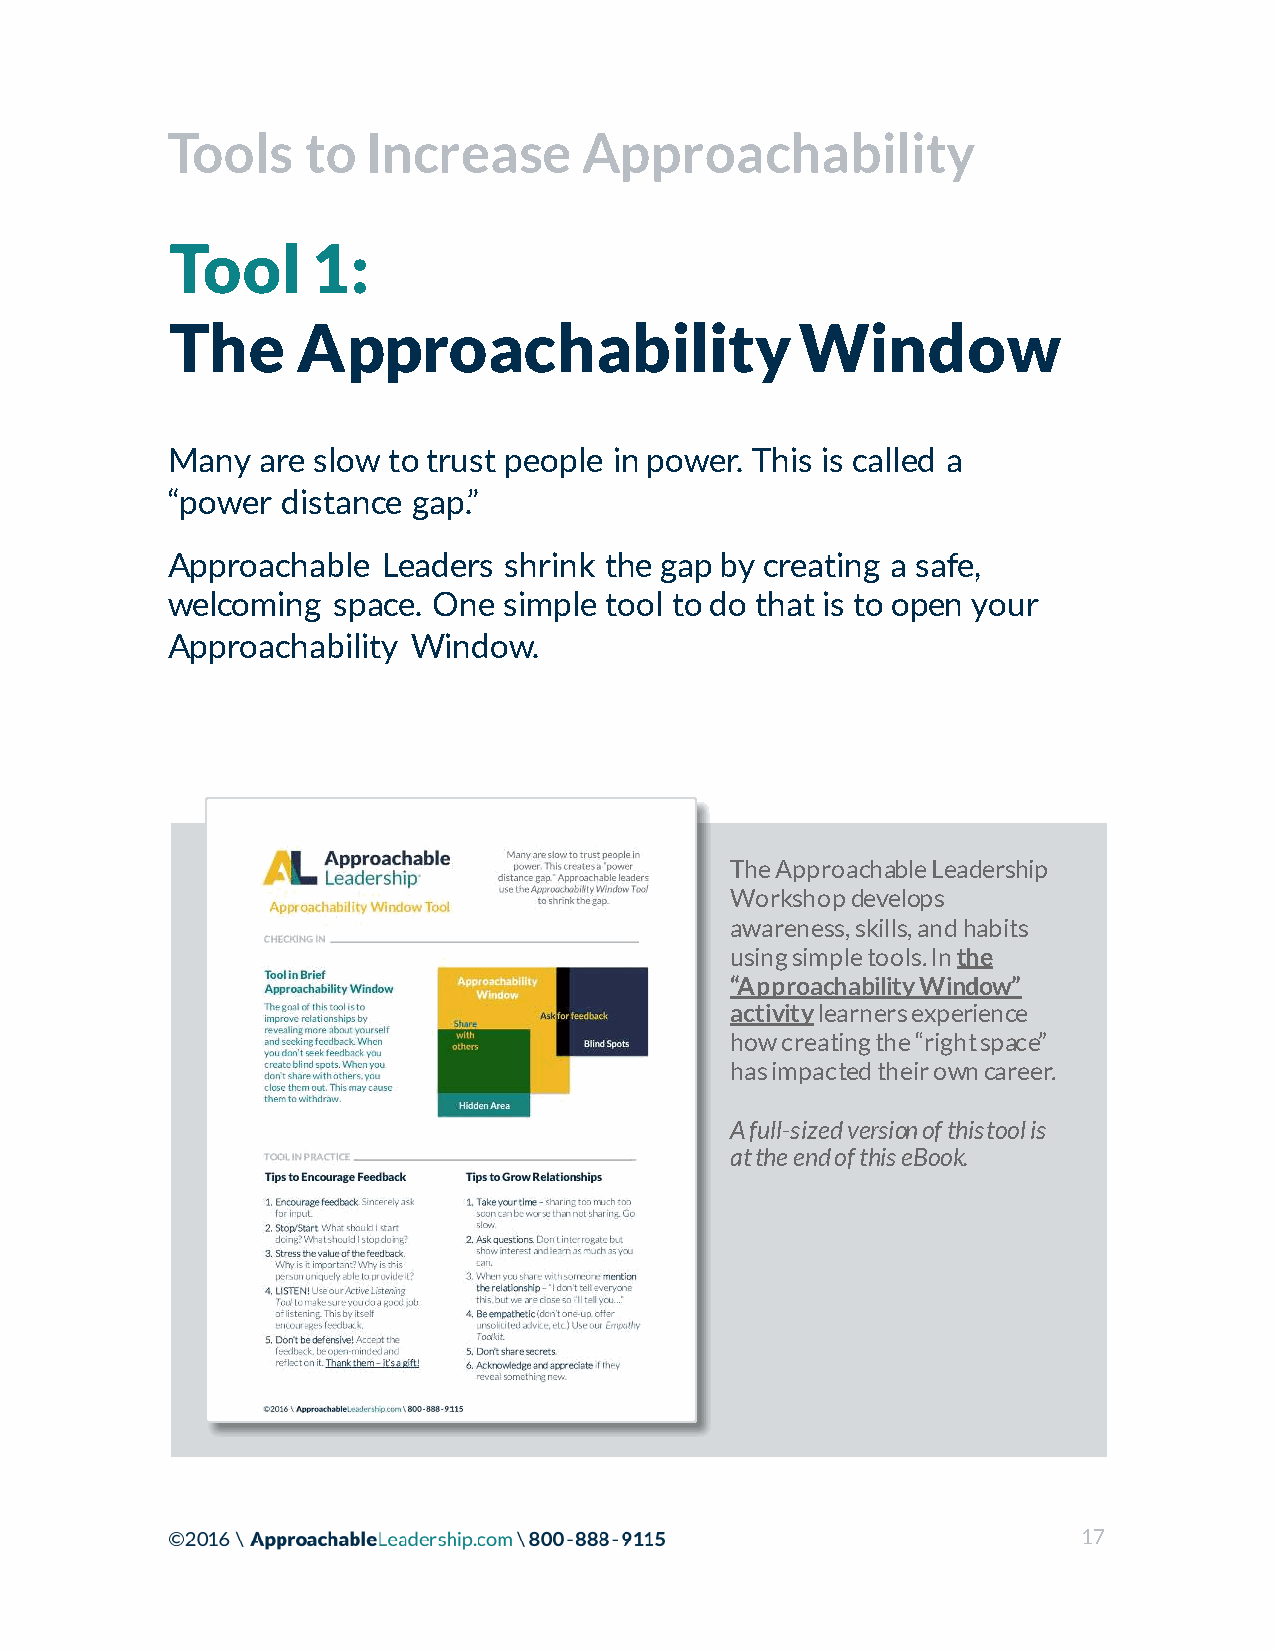
Tools    to  Increase       Approachability
 Tool      1:
 The      Approachability                  Window
 Many  are slow to trust people in power. This is called a
 “power  distance gap.”
 Approachable  Leaders shrink the gap by creating a safe,
 welcoming  space. One simple tool to do that is to open your
 Approachability Window.
 The Approachable Leadership
 Workshop develops
 awareness, skills, and habits
 using simple tools. In the
 “Approachability Window”
 activitylearners experience
 how creating the “right space”
 has impacted their own career.
 A full-sized version of this tool is
 at the end of this eBook.
 17